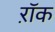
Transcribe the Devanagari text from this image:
ऱॉक